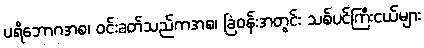
ပရိဘောဂအစ၊ ဝင်းခတ်သည်ကအစ၊ ခြံဝန်းအတွင်း သစ်ပင်ကြီးငယ်များ